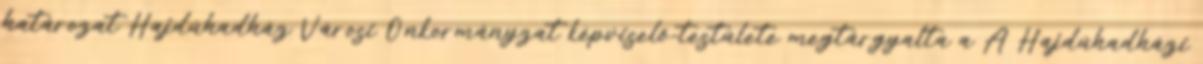
határozat Hajdúhadház Városi Önkormányzat képviselő-testülete megtárgyalta a A Hajdúhadházi